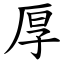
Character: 厚